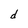
Character: d